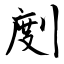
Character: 剫